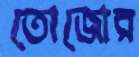
তোজোর